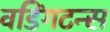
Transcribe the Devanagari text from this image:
वडिंगटन्स